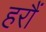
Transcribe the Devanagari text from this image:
हरौं